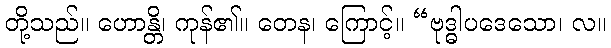
တို့သည်။ ဟောန္တိ၊ ကုန်၏။ တေန၊ ကြောင့်။ “ဗုဒ္ဓါပဒေသော၊ လ။